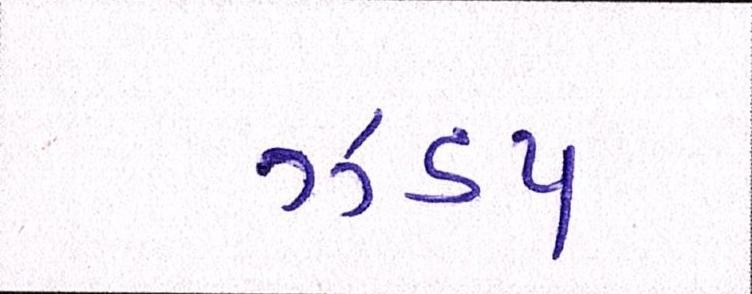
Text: ઝડપ